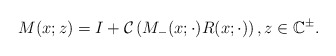
\begin{align*}M (x ; z)=I+\mathcal{C}\left(M_{-}(x ; \cdot) R(x ; \cdot)\right) , z \in \mathbb{C}^{\pm}. \end{align*}